Medical and sanitary report of the native army of Madras for the year
Year: 1872
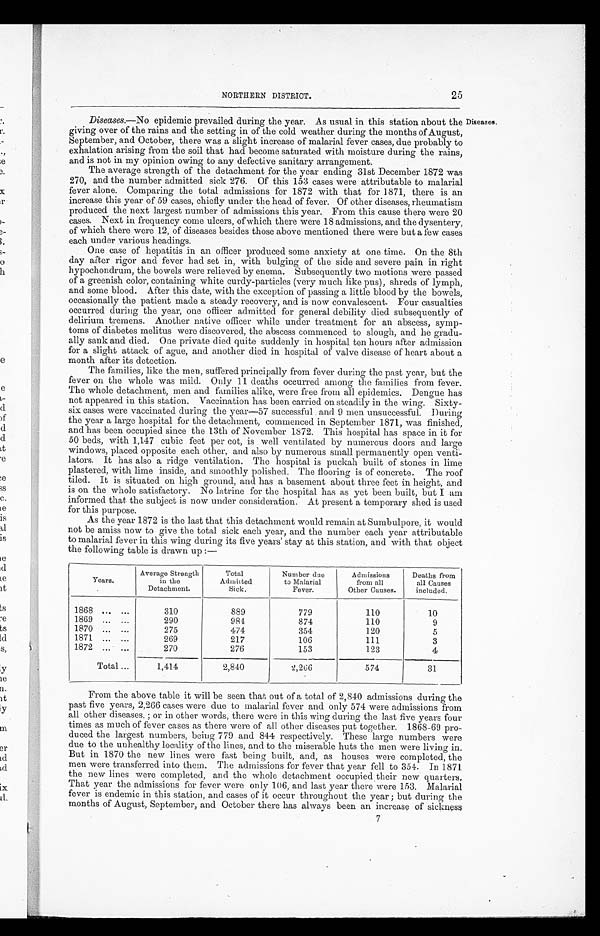
25
NORTHERN DISTRICT.
Diseases.—No epidemic prevailed during the year. As usual in this station about the Diseases.
giving over of the rains and the setting in of the cold weather during the months of August,
September, and October, there was a slight increase of malarial fever cases, due probably to
exhalation arising from the soil that had become saturated with moisture during the rains,
and is not in my opinion owing to any defective sanitary arrangement.
The average strength of the detachment for the year ending 31st December 1872 was
270, and the number admitted sick 276. Of this 153 cases were attributable to malarial
fever alone. Comparing the total admissions for 1872 with that for 1871, there is an
increase this year of 59 cases, chiefly under the head of fever. Of other diseases, rheumatism
produced the next largest number of admissions this year. From this cause there were 20
cases. Next in frequency come ulcers, of which there were 18 admissions, and the dysentery,
of which there were 12, of diseases besides those above mentioned there were but a few cases
each under various headings.
One case of hepatitis in an officer produced some anxiety at one time. On the 8th
day after rigor and fever had set in, with bulging of the side and severe pain in right
hypochondrum, the bowels were relieved by enema. Subsequently two motions were passed
of a greenish color, containing white curdy-particles (very much like pus), shreds of lymph,
and some blood. After this date, with the exception of passing a little blood by the bowels,
occasionally the patient made a steady recovery, and is now convalescent. Four casualties
occurred during the year, one officer admitted for general debility died subsequently of
delirium tremens. Another native officer while under treatment for an abscess, symp-
toms of diabetes melitus were discovered, the abscess commenced to slough, and he gradu-
ally sank and died. One private died quite suddenly in hospital ten hours after admission
for a slight attack of ague, and another died in hospital of valve disease of heart about a
month after its detection.
The families, like the men, suffered principally from fever during the past year, but the
fever on the whole was mild. Only 11 deaths occurred among the families from fever.
The whole detachment, men and families alike, were free from all epidemics. Dengue has
not appeared in this station. Vaccination has been carried on steadily in the wing. Sixty-
six cases were vaccinated during the year-57 successful and 9 men unsuccessful. During
the year a large hospital for the detachment, commenced in September 1871, was finished,
and has been occupied since the 13th of November 1872. This hospital has space in it for
50 beds, with 1,147 cubic feet per cot, is well ventilated by numerous doors and large
windows, placed opposite each other, and also by numerous small permanently open venti-
lators. It has also a ridge ventilation. The hospital is puckah built of stones in lime
plastered, with lime inside, and smoothly polished. The flooring is of concrete. The roof
tiled. It is situated on high ground, and has a basement about three feet in height, and
is on the whole satisfactory. No latrine for the hospital has as yet been built, but I am
informed that the subject is now under consideration. At present a temporary shed is used
for this purpose.
As the year 1872 is the last that this detachment would remain at Sumbulpore, it would.
not be amiss now to give the total sick each year, and the number each year attributable
to malarial fever in this wing during its five years' stay at this station, and with that object
the following table is drawn up :—
Years.
Average Strength
in the
Detachment.
Total
Admitted
Sick.
Number duo
to Malarial
Fever.
Admissions
from all
Other Causes.
Deaths from
all Causes
included.
1868 ... ...
310
889
779
110
10
1869 ... ...
290
981
874
110
9
1870 ... ...
275
474
354
120
5
1871 ... ...
269
217
106
111
3
1872 ... ...
270
276
153
123
4
Total...
1,414
2,840
2 , 2 6 6
574
31
From the above table it will be seen that out of a total of 2,840 admissions during the
past five years, 2,266 cases were due to malarial fever and only 574 were admissions from
all other diseases, ; or in other words, there were in this wing during the last five years four
times as much of fever cases as there were of all other diseases put together. 1868-69 pro-
duced the largest numbers, being 779 and 844 respectively. These large numbers were
due to the unhealthy locality of the lines, and to the miserable huts the men were living in.
But in 1870 the new lines were fast being built, and, as houses were completed, the
men were transferred into them. The admissions for fever that year fell to 351. In 1871
the new lines were completed, and the whole detachment occupied their new quarters,
That year the admissions for fever were only 106, and last year there were 153. Malarial
fever is endemic in this station, and cases of it occur throughout the year ; but during the
months of August., September, and October there has always been an increase of sickness
7